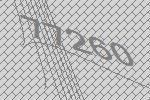
77260